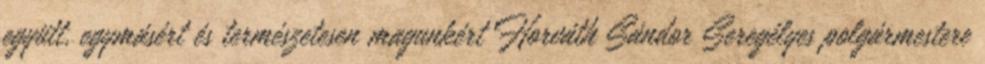
együtt, egymásért és természetesen magunkért Horváth Sándor Seregélyes polgármestere